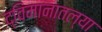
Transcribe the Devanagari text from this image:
द्विमानातल्या